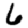
Digit: 6